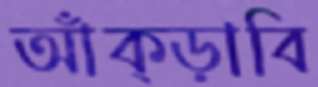
আঁক্‌ড়াবি